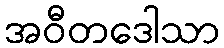
အဝီတဒေါသာ